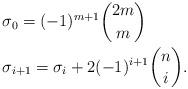
LaTeX: \begin{align*}&\sigma_0= (-1)^{m+1} {2m \choose m} \\&\sigma_{i+1}= \sigma_{i}+2 (-1)^{i +1} {n \choose i} .\end{align*}